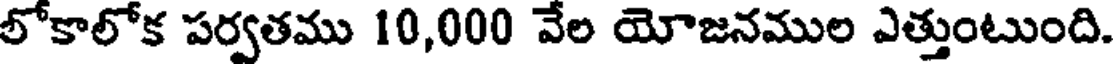
లోకాలోక పర్వతము 10,000 వేల యోజనముల ఎత్తుంటుంది.